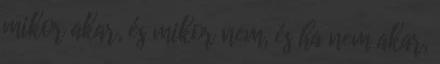
mikor akar, és mikor nem, és ha nem akar,